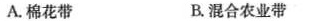
A.棉花带 B.混合农业带